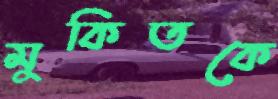
মুকিতকে